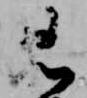
見